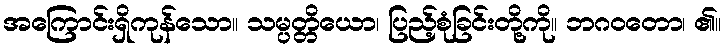
အကြောင်းရှိကုန်သော။ သမ္ပတ္တိယော၊ ပြည့်စုံခြင်းတို့ကို။ ဘဂဝတော၊ ၏။